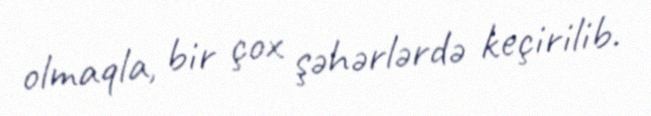
olmaqla, bir çox şəhərlərdə keçirilib.